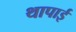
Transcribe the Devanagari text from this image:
थापाई